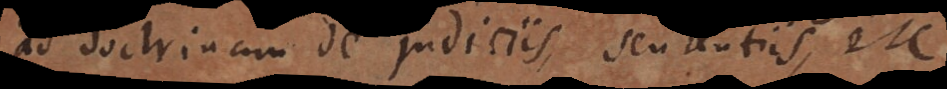
ad doctrinam de judiciis, sententiis, et